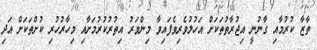
ތާޒާ ކުރުމާއި ގާނުނީ އިޖުރާތުތަކަށް އަހުލުވެރިވެފައިވާ މިންވަރު އިތުރުކުރުމަށާއި މިހާރުހުރި ކުށްތަކަށް އަދި